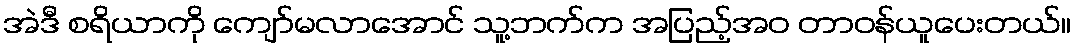
အဲဒီ စရိယာကို ကျော်မလာအောင် သူ့ဘက်က အပြည့်အဝ တာဝန်ယူပေးတယ်။